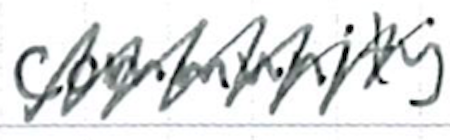
Text: community
Cross-out: zig-zag
Writing tool: ballpoint